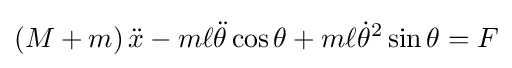
\left(M+m\right){\ddot {x}}-m\ell {\ddot {\theta }}\cos \theta +m\ell {\dot {\theta }}^{2}\sin \theta =F